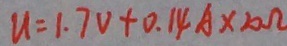
u = 1 . 7 V + 0 . 1 4 A \times 2 0 \Omega